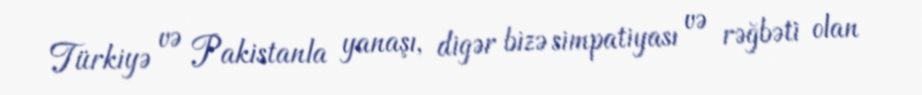
Türkiyə və Pakistanla yanaşı, digər bizə simpatiyası və rəğbəti olan